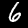
Label: 6